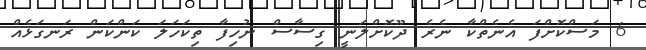
6 މަސްކޮށްފަ އެނެތްކާ ނެރެ ދޫކޮށްލަނީ ގިސާސް ނުހިފާ ތިކަހަލަ ކަންކަން ރަނގަޅެއް